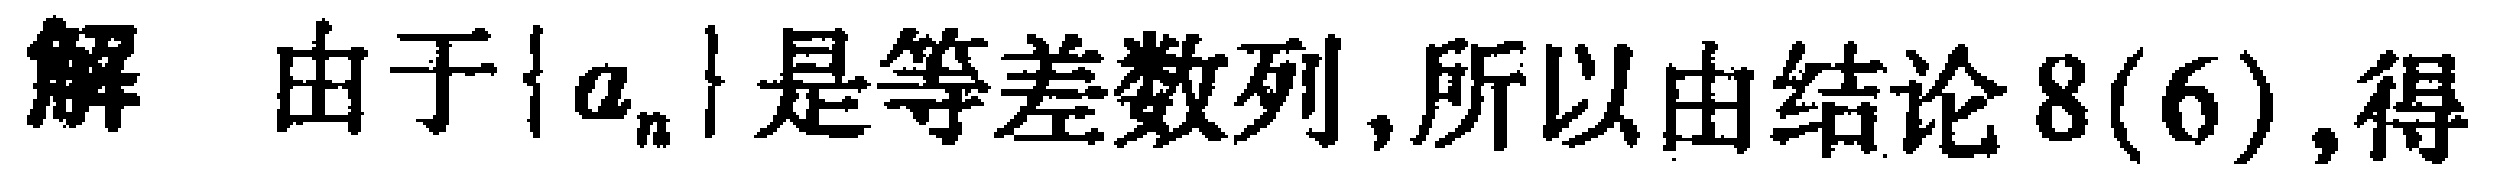
解 由于\(\{ a_{n}\}\)是等差数列,所以由结论8(6),得